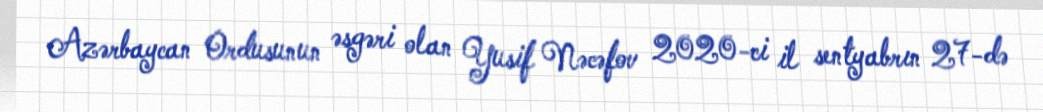
Azərbaycan Ordusunun əsgəri olan Yusif Nəcəfov 2020-ci il sentyabrın 27-də